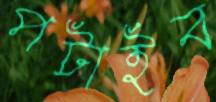
পটাইব